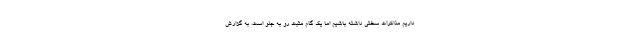
داریم مذاکرات سختی داشته باشیم اما یک گام مثبت رو به جلو است. به گزارش